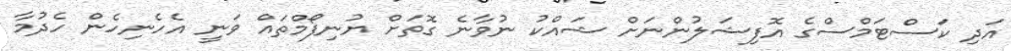
އަދި ކަސްޓަމްސްގެ އޮފިޝަލުންނަށް ޝައްކު ނުވާނެ ގޮތަށް ޔުނިފޯމްތައް ވަނީ އެހެނިހެން ހެދުމާ